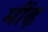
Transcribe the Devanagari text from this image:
मींढ़